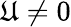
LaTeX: \mathfrak{U}\neq0